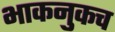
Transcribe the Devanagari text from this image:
भाकनुकच